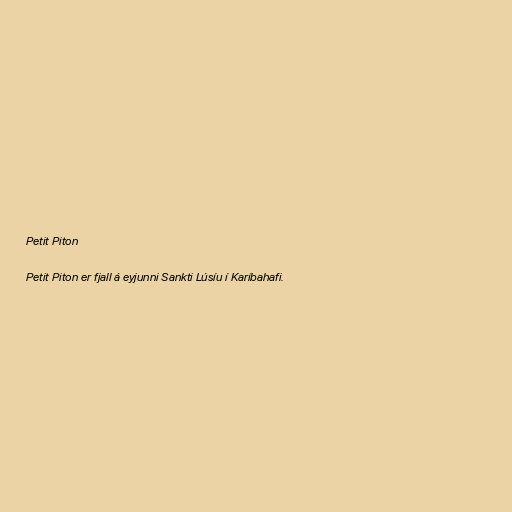
Petit Piton

Petit Piton er fjall á eyjunni Sankti Lúsíu í Karíbahafi.